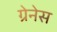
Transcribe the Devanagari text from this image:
ग्रेनेस